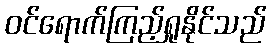
ဝင်ရောက်ကြည့်ရှုနိုင်သည်